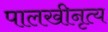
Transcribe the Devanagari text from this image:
पालखीनृत्य